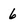
Character: 6